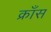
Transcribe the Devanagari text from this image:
क्राँस